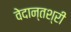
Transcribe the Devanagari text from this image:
वेदान्तश्री